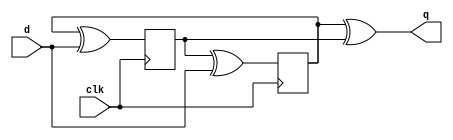
module top_module (
    input clk,
    input d,
    output q
);
    reg a, b;
    always @ (posedge clk) begin
    	b <= a ^ d; 
    end
    
    always @ (negedge clk) begin
    	a <= b ^ d; 
    end
    
    assign q = a ^ b; 
endmodule